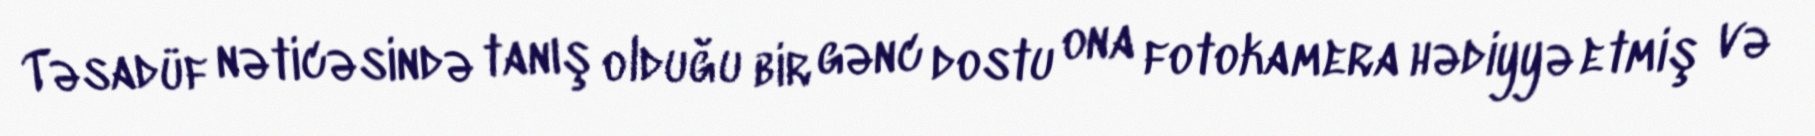
Təsadüf nəticəsində tanış olduğu bir gənc dostu ona fotokamera hədiyyə etmiş və